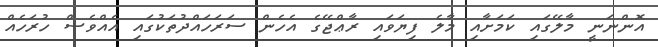
އޮންނަނީ މާލޭގައި ކަމަށާއި މާލެ ފިޔަވައި ރާޢްޖޭގެ އެހެން ސަރަހައްދުތަކުގައި އެއްވެސް ހުރަހެއް